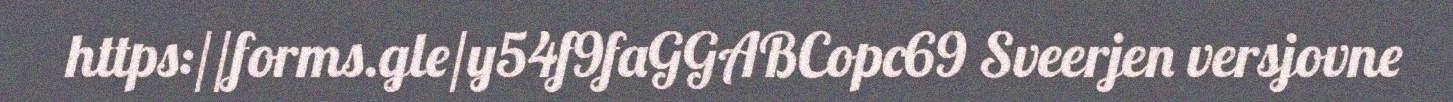
https://forms.gle/y54f9faGGABCopc69 Sveerjen versjovne